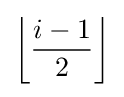
\left\lfloor {\dfrac {i-1}{2}}\right\rfloor